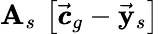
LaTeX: {\mathbf A}_{s}\, \left[\vec{\pmb{c}}_{g}-\vec{\mathbf y}_{s}\right]